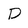
Character: D